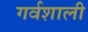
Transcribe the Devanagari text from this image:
गर्वशाली